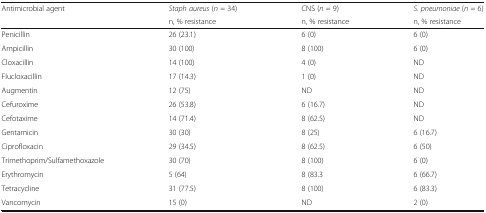
| <ROWSPAN=2> Antimicrobial agent | Staph aureus (n = 34) | CNS (n = 9) | S. pneumoniae (n = 6) |
 | n, % resistance | n, % resistance | n, % resistance |
 | --- | --- | --- | --- |
 | Penicillin | 26 (23.1) | 6 (0) | 6 (0) |
 | Ampicillin | 30 (100) | 8 (100) | 6 (0) |
 | Cloxacillin | 14 (100) | 4 (0) | ND |
 | Flucloxacillin | 17 (14.3) | 1 (0) | ND |
 | Augmentin | 12 (75) | ND | ND |
 | Cefuroxime | 26 (53.8) | 6 (16.7) | ND |
 | Cefotaxime | 14 (71.4) | 8 (62.5) | ND |
 | Gentamicin | 30 (30) | 8 (25) | 6 (16.7) |
 | Ciprofloxacin | 29 (34.5) | 8 (62.5) | 6 (50) |
 | Trimethoprim/Sulfamethoxazole | 30 (70) | 8 (100) | 6 (0) |
 | Erythromycin | 5 (64) | 8 (83.3 | 6 (66.7) |
 | Tetracycline | 31 (77.5) | 8 (100) | 6 (83.3) |
 | Vancomycin | 15 (0) | ND | 2 (0) |